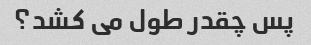
پس چقدر طول می کشد؟